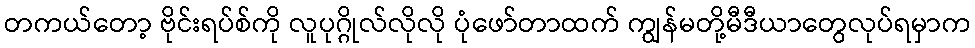
တကယ်တော့ ဗိုင်းရပ်စ်ကို လူပုဂ္ဂိုလ်လိုလို ပုံဖော်တာထက် ကျွန်မတို့မီဒီယာတွေလုပ်ရမှာက